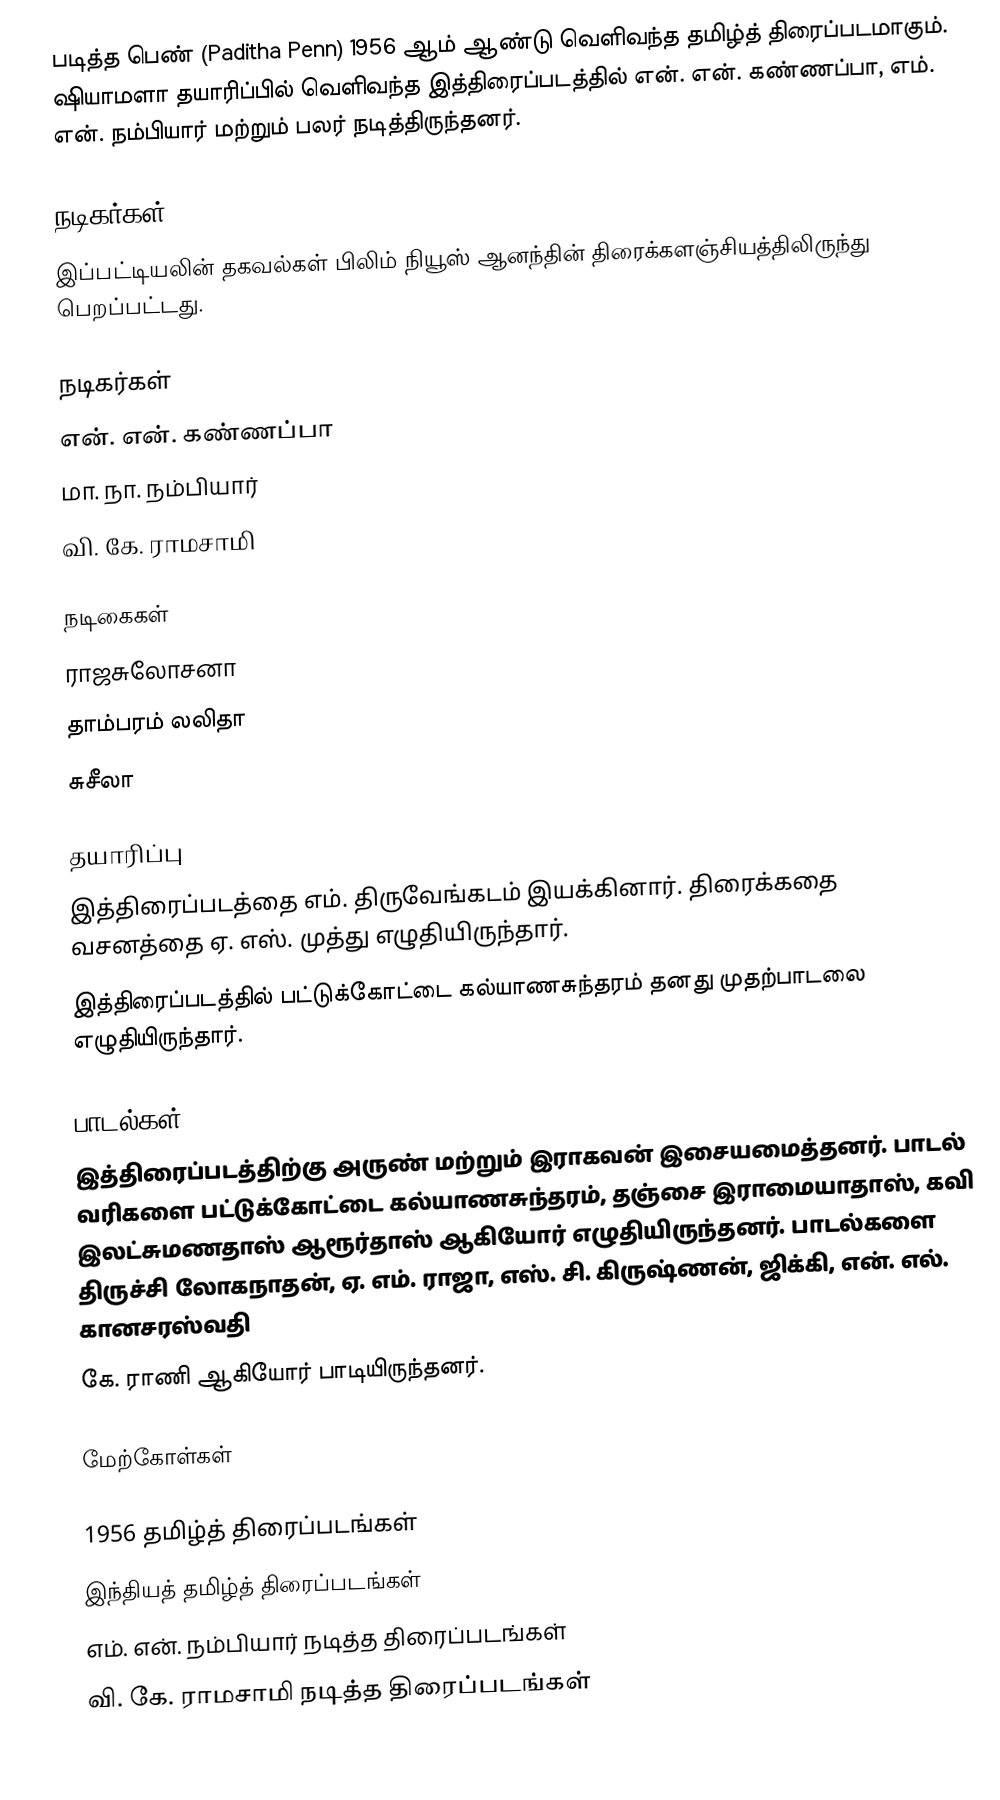
படித்த பெண் (Paditha Penn) 1956 ஆம் ஆண்டு வெளிவந்த தமிழ்த் திரைப்படமாகும். ஷியாமளா தயாரிப்பில் வெளிவந்த இத்திரைப்படத்தில் என். என். கண்ணப்பா, எம். என். நம்பியார் மற்றும் பலர் நடித்திருந்தனர்.

நடிகர்கள்
இப்பட்டியலின் தகவல்கள் பிலிம் நியூஸ் ஆனந்தின் திரைக்களஞ்சியத்திலிருந்து பெறப்பட்டது.

நடிகர்கள்
 என். என். கண்ணப்பா
 மா. நா. நம்பியார்
 வி. கே. ராமசாமி

நடிகைகள்
 ராஜசுலோசனா
 தாம்பரம் லலிதா
 சுசீலா

தயாரிப்பு
இத்திரைப்படத்தை எம். திருவேங்கடம் இயக்கினார். திரைக்கதை வசனத்தை ஏ. எஸ். முத்து எழுதியிருந்தார்.
இத்திரைப்படத்தில் பட்டுக்கோட்டை கல்யாணசுந்தரம் தனது முதற்பாடலை எழுதியிருந்தார்.

பாடல்கள்
இத்திரைப்படத்திற்கு அருண் மற்றும் இராகவன் இசையமைத்தனர். பாடல் வரிகளை பட்டுக்கோட்டை கல்யாணசுந்தரம், தஞ்சை இராமையாதாஸ், கவி இலட்சுமணதாஸ் ஆரூர்தாஸ் ஆகியோர் எழுதியிருந்தனர். பாடல்களை திருச்சி லோகநாதன், ஏ. எம். ராஜா, எஸ். சி. கிருஷ்ணன், ஜிக்கி, என். எல். கானசரஸ்வதி
கே. ராணி ஆகியோர் பாடியிருந்தனர்.

மேற்கோள்கள்

1956 தமிழ்த் திரைப்படங்கள்
இந்தியத் தமிழ்த் திரைப்படங்கள்
எம். என். நம்பியார் நடித்த திரைப்படங்கள்
வி. கே. ராமசாமி நடித்த திரைப்படங்கள்